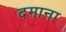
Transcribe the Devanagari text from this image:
दमाना